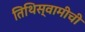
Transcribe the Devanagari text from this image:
तिथिस्वामीची